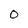
Character: O